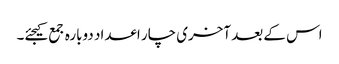
اس کے بعد آخری چار اعداد دوبارہ جمع کیجئے۔